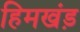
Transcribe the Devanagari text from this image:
हिमखंड़